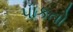
પાકતો